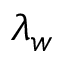
\lambda _ { w }